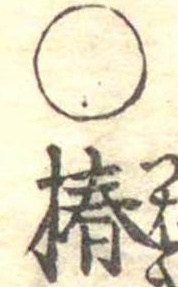
○椿